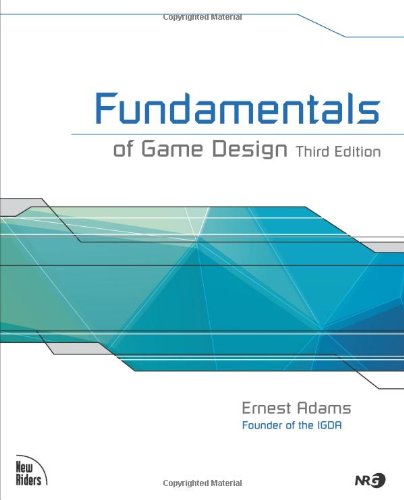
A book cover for Fundamentals of Game Design (3rd Edition); Ernest Adams; Computers & Technology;